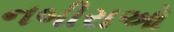
નબીરાઓ